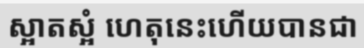
ស្អាតស្អំ ហេតុនេះហើយបានជា